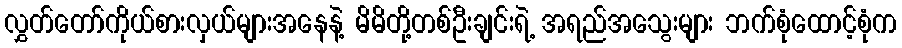
လွှတ်တော်ကိုယ်စားလှယ်များအနေနဲ့ မိမိတို့တစ်ဦးချင်းရဲ့ အရည်အသွေးများ ဘက်စုံထောင့်စုံက